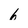
Character: 6